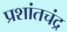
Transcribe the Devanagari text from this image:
प्रशांतचंद्र